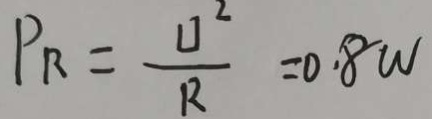
P _ { R } = \frac { U ^ { 2 } } { R } = 0 . 8 w